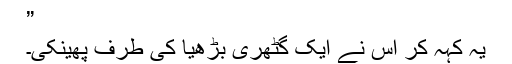
”
یہ کہہ کر اس نے ایک گٹھری بڑھیا کی طرف پھینکی۔